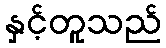
နှင့်တူသည်